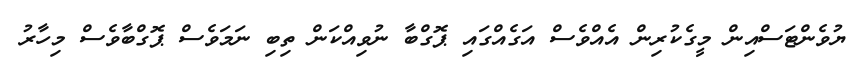
ޔުވެންޓަސްއިން މީގެކުރިން އެއްވެސް އަގެއްގައި ޕޮގްބާ ނުވިއްކަން ތިބި ނަމަވެސް ޕޮގްބާވެސް މިހާރު